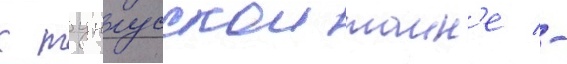
к тунгусскои таин'е -